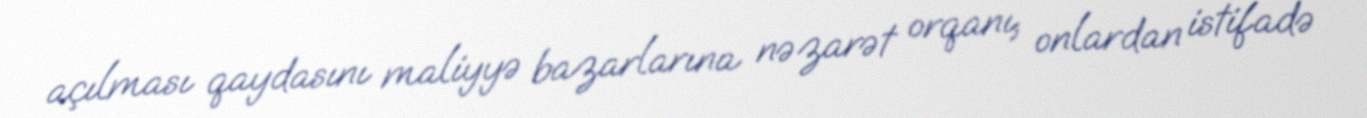
açılması qaydasını maliyyə bazarlarına nəzarət orqanı, onlardan istifadə